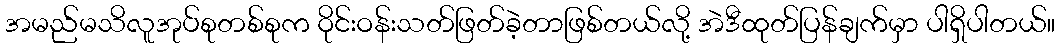
အမည်မသိလူအုပ်စုတစ်စုက ဝိုင်းဝန်းသတ်ဖြတ်ခဲ့တာဖြစ်တယ်လို့ အဲဒီထုတ်ပြန်ချက်မှာ ပါရှိပါတယ်။